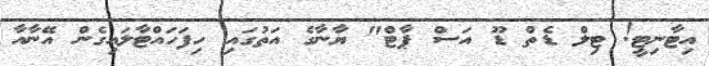
އިޓާނިޓީ! ޓިލް ޑެތް ޑޫ އަސް ޕާޓް" ޔާނާގެ އަތުގައި ހިފަހައްޓާލައިގެން އޭނާއާ